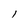
Character: l